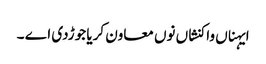
ایہناں واکنشاں نوں معاون کریا جوڑدی اے ۔